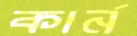
কার্ন